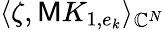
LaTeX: \langle\zeta,\mathsf{M}K_{1,e_{k}}\rangle_{\mathbb{C}^{N}}